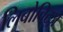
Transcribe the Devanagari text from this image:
लिबोविट्ज़